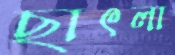
ছাৎলা